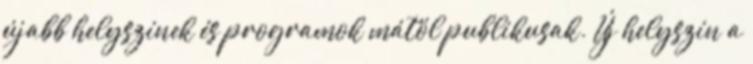
újabb helyszínek és programok mától publikusak. Új helyszín a